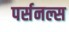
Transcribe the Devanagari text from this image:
पर्सनल्स